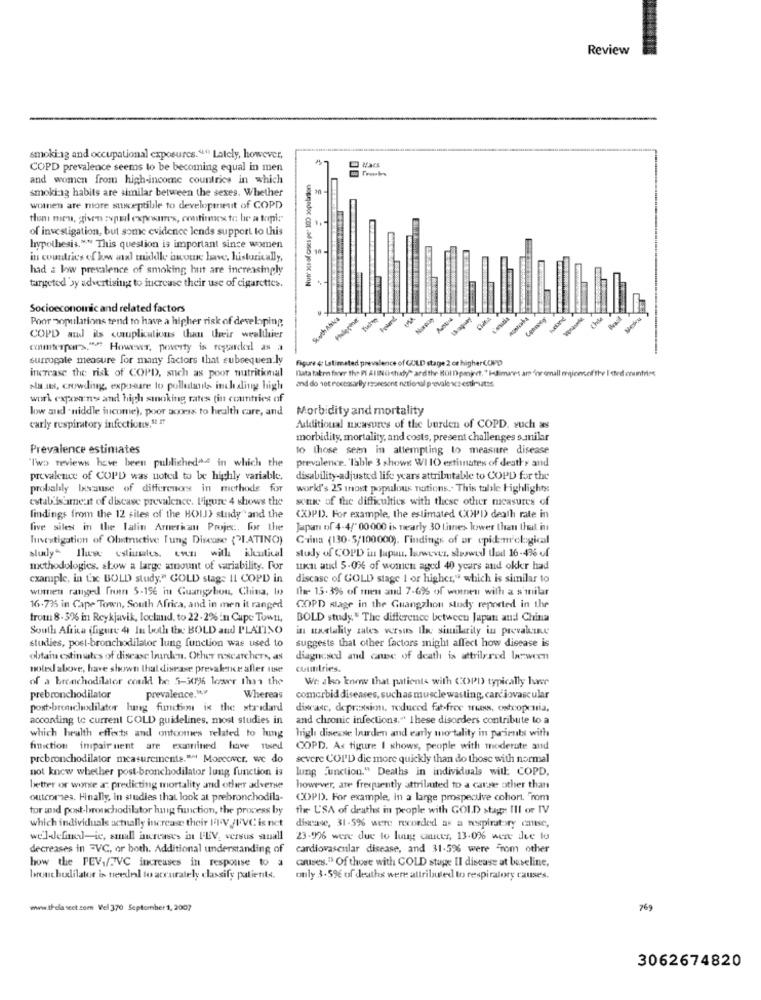
Review
smoking and occupational exposures. " Lately, however,
COPD prevalence seems to be becoming equal in men
and women from high-income countries in which
Nutr xs of cases per 100 population
smoking habits are similar between the sexes. Whether
20
women are more susceptible to developmeit of COPD
of investigation, but some evidence lends support to this
hypothesis."" This question is important since women
in countries of low and middle income have, historically,
had a bow prevalence of smoking hut are increasingly
targeted by advertising to increase their use of cigarettes.
Socioeconomic and related factors
Poor populations tend to have a higher risk of developing
RuthAnka
-
COPD and ils cczuplications than their wealthier
comterpar->."" However, poverty is regardkeel as a
surrogate measure for many factors that subsequently
Figure 4 Latimated prevalence of GOLD stage 2 or higher COPD
increase the risk of COPD, such as poor nutritional
Data taken farer the PI Al ING shady" ard the Bol Dpminet, " HEimanes ar dor emall rionsof the I sted countries
and do not rocezarlly rzanesont netional prevale vcs estimates
Na ast, crowding, exposure to pollutants inchslinge high
worl expomany and high smoking rates tin countries of
low and " middle income), poor access to health care, and
Morbidity and mortality
carly respiratory infections,5 I7
Additional measures of the burden of COPD, such as
morbidity, mortality, and costs, present challenges s milar
Prevalence estimates
to those sem in attempting to measure disease
"Two reviews have been publisheda4 in which the
prevalence. "Table 3 shows WI IO estimates of deaths and
prevalence of COPD was noted to be highly variable.
disability-adjusted life years attributable to COPD for the
probably Ixxause of differenors in methods for
world's 25 inost populous nations ,. This table Highlights
estabilsame it of disease prevalence. l'igure 4 shows the
some of the difficulties with these other measures of
findings from the 12 sites of the HOLD) study" and the
CO)PD. For example, the estimated COPD) death rate in
five siles in the latin Americamu Projes :. for the
Japan of 4-4/" 00000 is nearly 30 lines lower than that in
Investigation of Obstructive Tung Disease ("LATINO)
Carina (130-5/100000). Findings of ar cpidmclogical
bludy thus estimates even with ikutical
study of COPD in Japan, however showed that 16-436 of
methodologies, show a large amount of variability. For
inca atd 5.0% of women aged 40 years and okkr had
example, in tac BOLD study." GOLD stage II COPD in
discasc of GOLD stage I or higher," which is similar to
worten ranged fruen 5-156 in Guangzhou, China, Io
The 15.3% of men and 7-6% of women with a similar
16-79% in Cape Town, South Africa, and in men it ranged
COPD stage in the Guangzhou study reported in the
from 8-3% in Reykjavik, lockund, to 22.2% in Cape TownL,
BOLD study." The difference between Jupan and China
South Africa (figure 4 In both tix: BOLD and PLATINO
in startality zales versus the similarity in provakine
studies, post-bronchodilator lung function was used to
suggests that other factors might affect how disease is
obtain estimates of disease laurden. Other nscarchers, as
diagnosed and cause of death is attrilered be ween
molexl alowe, hare shown that disease prevalence aller nte
countries.
of a bronchodilator could be 5-30196 lower than the
We sko know that patients with COPD typically huner
prevalence. "
prebronchodilator
Whereas
comorbid diseases, such as muscle wasting, cardiovascular
post-bronchodilator lung function is the standard
discasc, depression, reduced fat-free mas, copenia,
according to current COLD guidelines, most studies in
and chronic infections." These disorders contribute to a
high disease burden and early mo tality in paients with
which health effects and outcomes related to hing
friction impair nent are examined hove ned
COPD. As figure I shows, people with moderate and
prebronchodilator measurements."" Morecwver, we do
severe COPD die more quickly than do those with normal
not know whether post-bronchodilator lung function is lung Function." Deaths in individuals with: COPD,
better or worse a: predicting mortality and other adverse
however, are frequently attributed to a carse other than
outcomes. Finally, in studies that look at prebronchodila-
COPD. For example, in a large prospective cohort. "rom
tor and post-bronchodilator hung function, the process by
the U'SA of deaths in people with GOLD stage Ill or IV
which individuals actually increase their I' V /I/VC is net
disease, 31-5% were recorded as a respiratory cause,
wel-defined-ie, small increases in FEV, versus suusall
23-996 were due to lung cancer, 13.096 were dee to
decreases in "VC, or both. Additional understanding of
cardiovascular disease, and 31-56 were From other
how the FEV,/JVC increases in response to a
causes."> Of those with COLD stupe Il disease at baseline,
bronchodilator is needed to accurately classify patients.
only 3.596 of deaths were attributed to respiratory causes.
www.Ildlascet.com Vel 370 September 1, 2007
769
3062674820